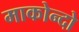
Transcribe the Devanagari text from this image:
माकोन्दो